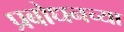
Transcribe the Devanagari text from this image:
प्रबोधनच्या